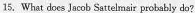
15.What does Jacob Sattelmair probably do?